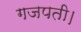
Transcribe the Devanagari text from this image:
गजपती।